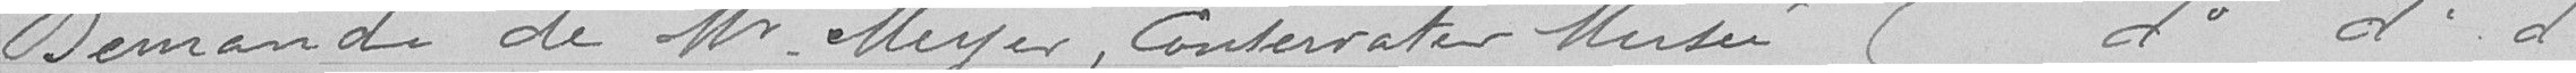
Demande de monsieur Meyer, conservateur musée